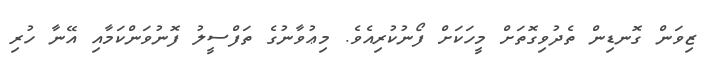
ޒިވަން ގޮނޑިން ތެދުވިގޮތަށް މީހަކަށް ފޯނުކުރިއެވެ. މިޢުވާނުގެ ތަފްސީލު ފޮނުވަންކަމާއި އޭނާ ހުރި